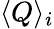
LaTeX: \langle Q\rangle_{i}